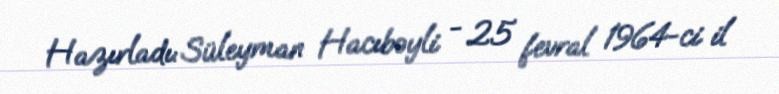
Hazırladı: Süleyman Hacıbəyli - 25 fevral 1964-ci il